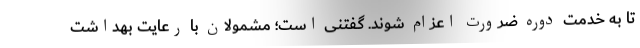
تا به خدمت دوره ضرورت اعزام شوند. گفتنی است؛ مشمولان با رعایت بهداشت